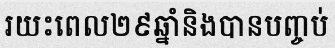
រយះពេល២៩ឆ្នាំនិងបានបញ្ចប់